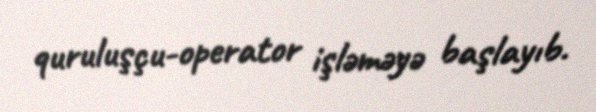
quruluşçu-operator işləməyə başlayıb.